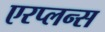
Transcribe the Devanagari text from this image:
एरप्लन्स